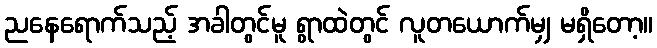
ညနေရောက်သည့် အခါတွင်မူ ရွာထဲတွင် လူတယောက်မျှ မရှိတော့။